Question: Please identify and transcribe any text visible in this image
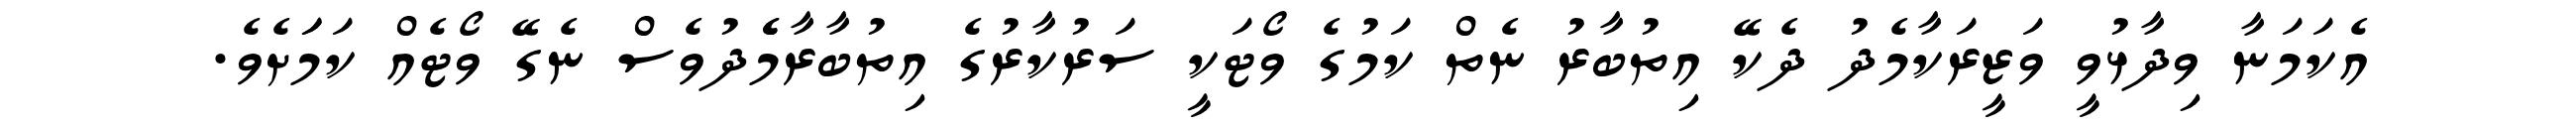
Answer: އެކަމަނާ ވިދާޅުވީ ވަޒީރަކާމެދު ދެކޭ އިތުބާރު ނެތް ކަމުގެ ވޯޓަކީ ސަރުކާރުގެ އިތުބާރާމެެދުވެސް ނެގޭ ވޯޓެއް ކަމަަށެވެ.